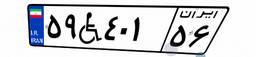
۵۹W۴۰۱۵۶